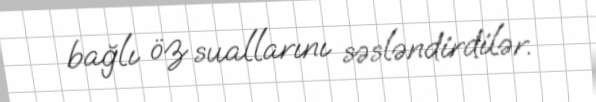
bağlı öz suallarını səsləndirdilər.